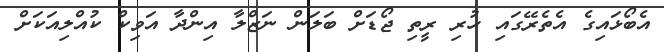
އެބޯޅައިގެ އެތެރޭގައި ހުރި ރީތި ޖޯޑަށް ބަލަން ނަޒްލާ އިންދާ އަވިކް ކުއްލިއަކަށް